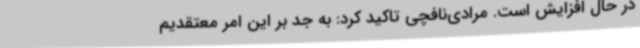
در حال افزایش است. مرادی‌نافچی تاکید کرد: به جد بر این امر معتقدیم